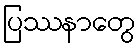
ပြဿနာတွေ